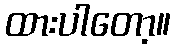
ထားပါတော့။